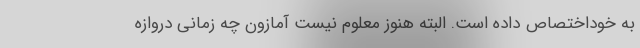
به خوداختصاص داده است. البته هنوز معلوم نیست آمازون چه زمانی دروازه